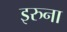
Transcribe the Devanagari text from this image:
इरुना